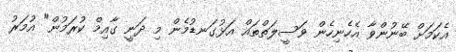
އެކަމަށް ބޭނުންވާ އެހެނިހެން ވަސީލަތްތައް އަޅުގަނޑުމެން މި ދަނީ ގާއިމް ކުރަމުން" އުމަރު